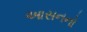
આસનનો